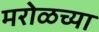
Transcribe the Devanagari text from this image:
मरोळच्या